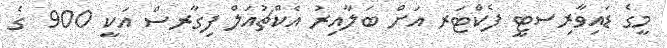
މީގެ ޑަައިވާރިސޓީ ފެކްޓަރ އަށް ބަލާއިރު އެކްޗުއަލް ފިގާރސް އަކީ 900 ގެ